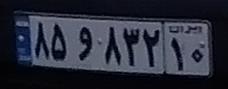
۸۵و۸۳۲۱۰